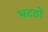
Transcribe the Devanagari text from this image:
भटठों